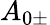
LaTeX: A_{\mathrm{0\pm}}